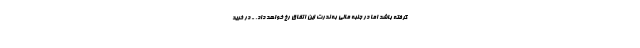
گرفته باشد اما در جنبه مالی به ندرت این اتفاق رخ خواهد داد. - در خرید